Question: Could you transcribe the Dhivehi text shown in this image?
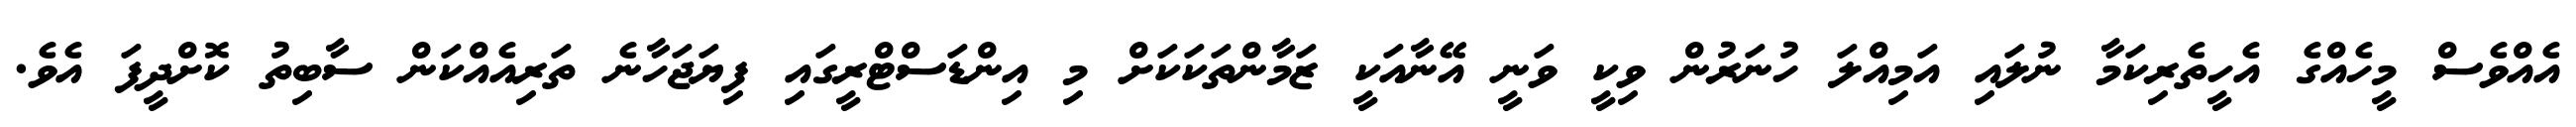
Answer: އެއްވެސް މީހެއްގެ އެހީތެރިކަމާ ނުލައި އަމިއްލަ ހުނަރުން ވިކީ ވަނީ އޭނާއަކީ ޒަމާންތަކަކަށް މި އިންޑަސްޓްރީގައި ފިޔަޖަހާނެ ތަރިއެއްކަން ސާބިތު ކޮށްދީފަ އެވެ.